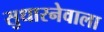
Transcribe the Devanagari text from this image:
सुधारनेवाला